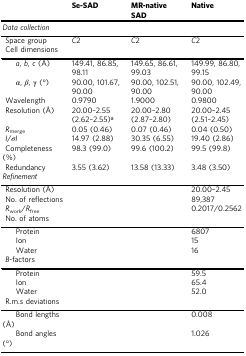
|  | Se-SAD | MR-native SAD | Native |
 | --- | --- | --- | --- |
 | <COLSPAN=4> Data collection |
 | Space group | C2 | C2 | C2 |
 | <COLSPAN=4> Cell dimensions |
 | a, b, c (Å) | 149.41, 86.85, 98.11 | 149.65, 86.61, 99.03 | 149.99, 86.80, 99.15 |
 | α, β, γ (°) | 90.00, 101.67, 90.00 | 90.00, 102.51, 90.00 | 90.00, 102.49, 90.00 |
 | Wavelength | 0.9790 | 1.9000 | 0.9800 |
 | Resolution (Å) | 20.00–2.55 (2.62–2.55)a | 20.00–2.80 (2.87–2.80) | 20.00–2.45 (2.51–2.45) |
 | Rmerge | 0.05 (0.46) | 0.07 (0.46) | 0.04 (0.50) |
 | I/σI | 14.97 (2.88) | 30.35 (6.55) | 19.40 (2.86) |
 | Completeness (%) | 98.3 (99.0) | 99.6 (100.2) | 99.5 (99.8) |
 | Redundancy | 3.55 (3.62) | 13.58 (13.33) | 3.48 (3.50) |
 | <COLSPAN=4> Refinement |
 | Resolution (Å) |  |  | 20.00–2.45 |
 | No. of reflections |  |  | 89,387 |
 | Rwork/Rfree |  |  | 0.2017/0.2562 |
 | <COLSPAN=4> No. of atoms |
 | Protein |  |  | 6807 |
 | Ion |  |  | 15 |
 | Water |  |  | 16 |
 | <COLSPAN=4> B-factors |
 | Protein |  |  | 59.5 |
 | Ion |  |  | 65.4 |
 | Water |  |  | 52.0 |
 | <COLSPAN=4> R.m.s deviations |
 | Bond lengths (Å) |  |  | 0.008 |
 | Bond angles (°) |  |  | 1.026 |